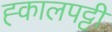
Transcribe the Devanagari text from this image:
ह्कालपट्टी